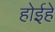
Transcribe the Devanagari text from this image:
होईहे